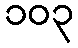
၁၀၃